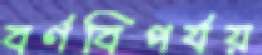
বর্ণবিপর্যয়